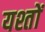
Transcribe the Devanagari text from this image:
यश्तों